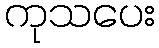
ကုသပေး